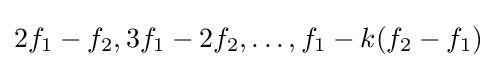
2f_{1}-f_{2},3f_{1}-2f_{2},\ldots ,f_{1}-k(f_{2}-f_{1})